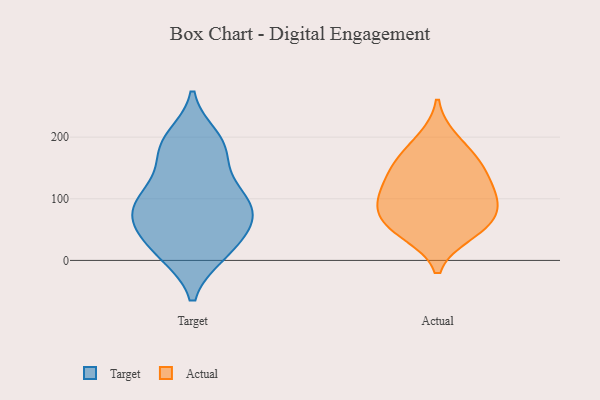
{"axis": {"x": "Page Views", "y": "Value"}, "legend": ["Actual", "Target"], "data": [{"x": "", "y": 96, "type": "Target"}, {"x": "", "y": 183, "type": "Target"}, {"x": "", "y": 102, "type": "Target"}, {"x": "", "y": 61, "type": "Target"}, {"x": "", "y": 38, "type": "Target"}, {"x": "", "y": 57, "type": "Target"}, {"x": "", "y": 113, "type": "Target"}, {"x": "", "y": 102, "type": "Target"}, {"x": "", "y": 10, "type": "Target"}, {"x": "", "y": 199, "type": "Target"}, {"x": "", "y": 71, "type": "Target"}, {"x": "", "y": 10, "type": "Target"}, {"x": "", "y": 147, "type": "Target"}, {"x": "", "y": 84, "type": "Target"}, {"x": "", "y": 184, "type": "Target"}, {"x": "", "y": 187, "type": "Target"}, {"x": "", "y": 60, "type": "Target"}, {"x": "", "y": 10, "type": "Target"}, {"x": "", "y": 157, "type": "Actual"}, {"x": "", "y": 196, "type": "Actual"}, {"x": "", "y": 102, "type": "Actual"}, {"x": "", "y": 113, "type": "Actual"}, {"x": "", "y": 95, "type": "Actual"}, {"x": "", "y": 138, "type": "Actual"}, {"x": "", "y": 160, "type": "Actual"}, {"x": "", "y": 44, "type": "Actual"}, {"x": "", "y": 61, "type": "Actual"}, {"x": "", "y": 79, "type": "Actual"}, {"x": "", "y": 52, "type": "Actual"}]}